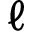
\ensuremath { \ell }